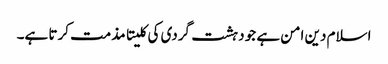
اسلام دین امن ہے جو دہشت گردی کی کلیتا مذمت کرتا ہے۔